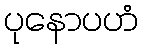
ပုနောပဟံ